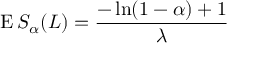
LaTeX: \operatorname { E } S _ { \alpha } ( L ) = { \frac { - \ln ( 1 - \alpha ) + 1 } { \lambda } }